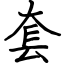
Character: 套